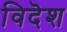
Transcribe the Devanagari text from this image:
विदॆश